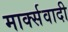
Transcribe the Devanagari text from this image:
मार्क्सवादी